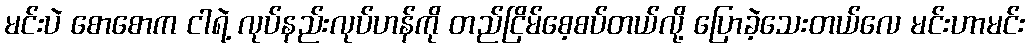
မင်းပဲ စောစောက ငါရဲ့ လုပ်နည်းလုပ်ဟန်ကို တည်ငြိမ်စေ့စပ်တယ်လို့ ပြောခဲ့သေးတယ်လေ မင်းဟာမင်း